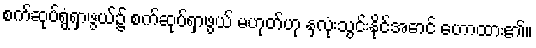
စက်ဆုပ်ရွံရှာဖွယ်၌ စက်ဆုပ်ရှာဖွယ် မဟုတ်ဟု နှလုံးသွင်းနိုင်အောင် ဟောထား၏။